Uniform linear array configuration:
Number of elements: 12
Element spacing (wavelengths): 0.75
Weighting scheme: blackman
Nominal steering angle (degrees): -15
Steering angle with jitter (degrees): -13.145
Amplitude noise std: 0.05
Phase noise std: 0.05

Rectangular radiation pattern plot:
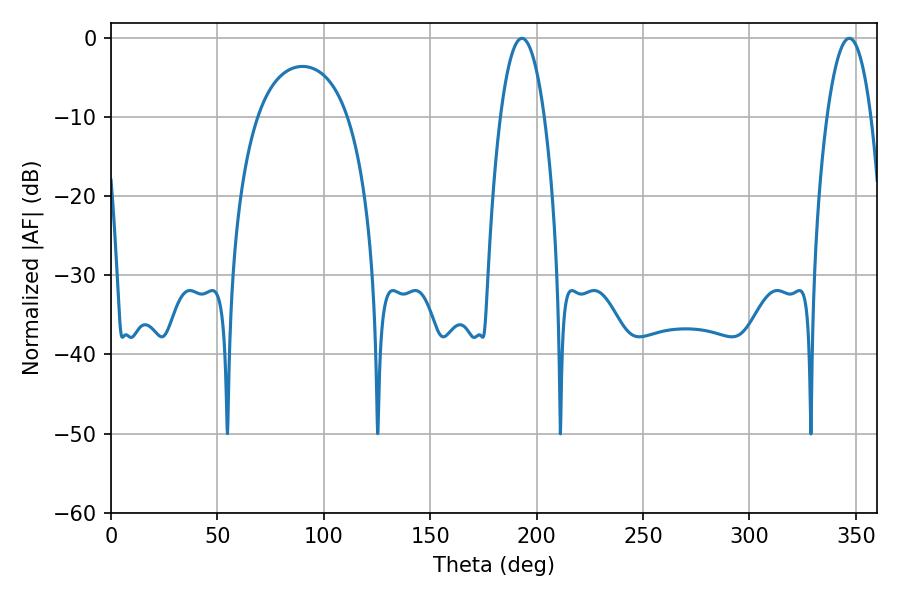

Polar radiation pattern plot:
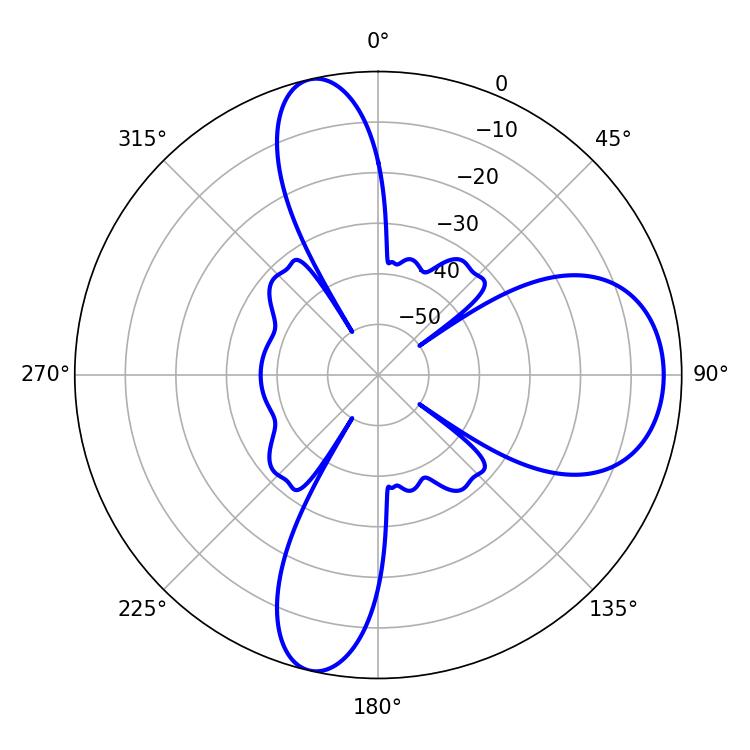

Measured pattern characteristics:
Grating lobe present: TRUE
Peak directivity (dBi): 11.609
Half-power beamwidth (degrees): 11.52
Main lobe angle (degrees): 193.14